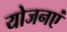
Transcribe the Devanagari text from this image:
योजनएं